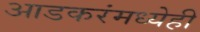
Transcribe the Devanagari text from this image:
आडकरंमध्येही